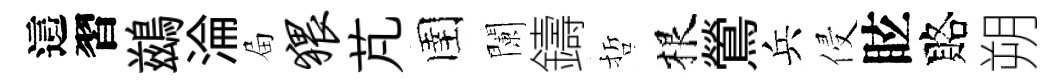
這習鷀淪屇猥芃圉闌鑄哲根鶯兵侵眩賂朔